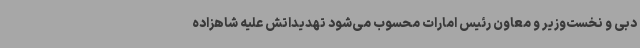
دبی و نخست‌وزیر و معاون رئیس امارات محسوب می‌شود تهدیداتش علیه شاهزاده